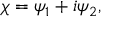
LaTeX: \chi = \psi _ { 1 } + i \psi _ { 2 } ,